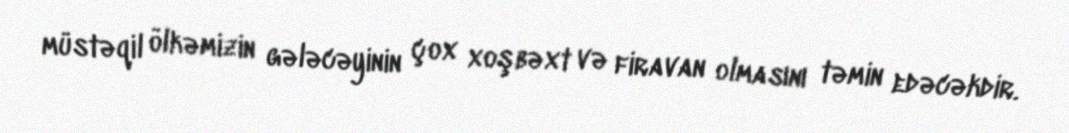
müstəqil ölkəmizin gələcəyinin çox xoşbəxt və firavan olmasını təmin edəcəkdir.